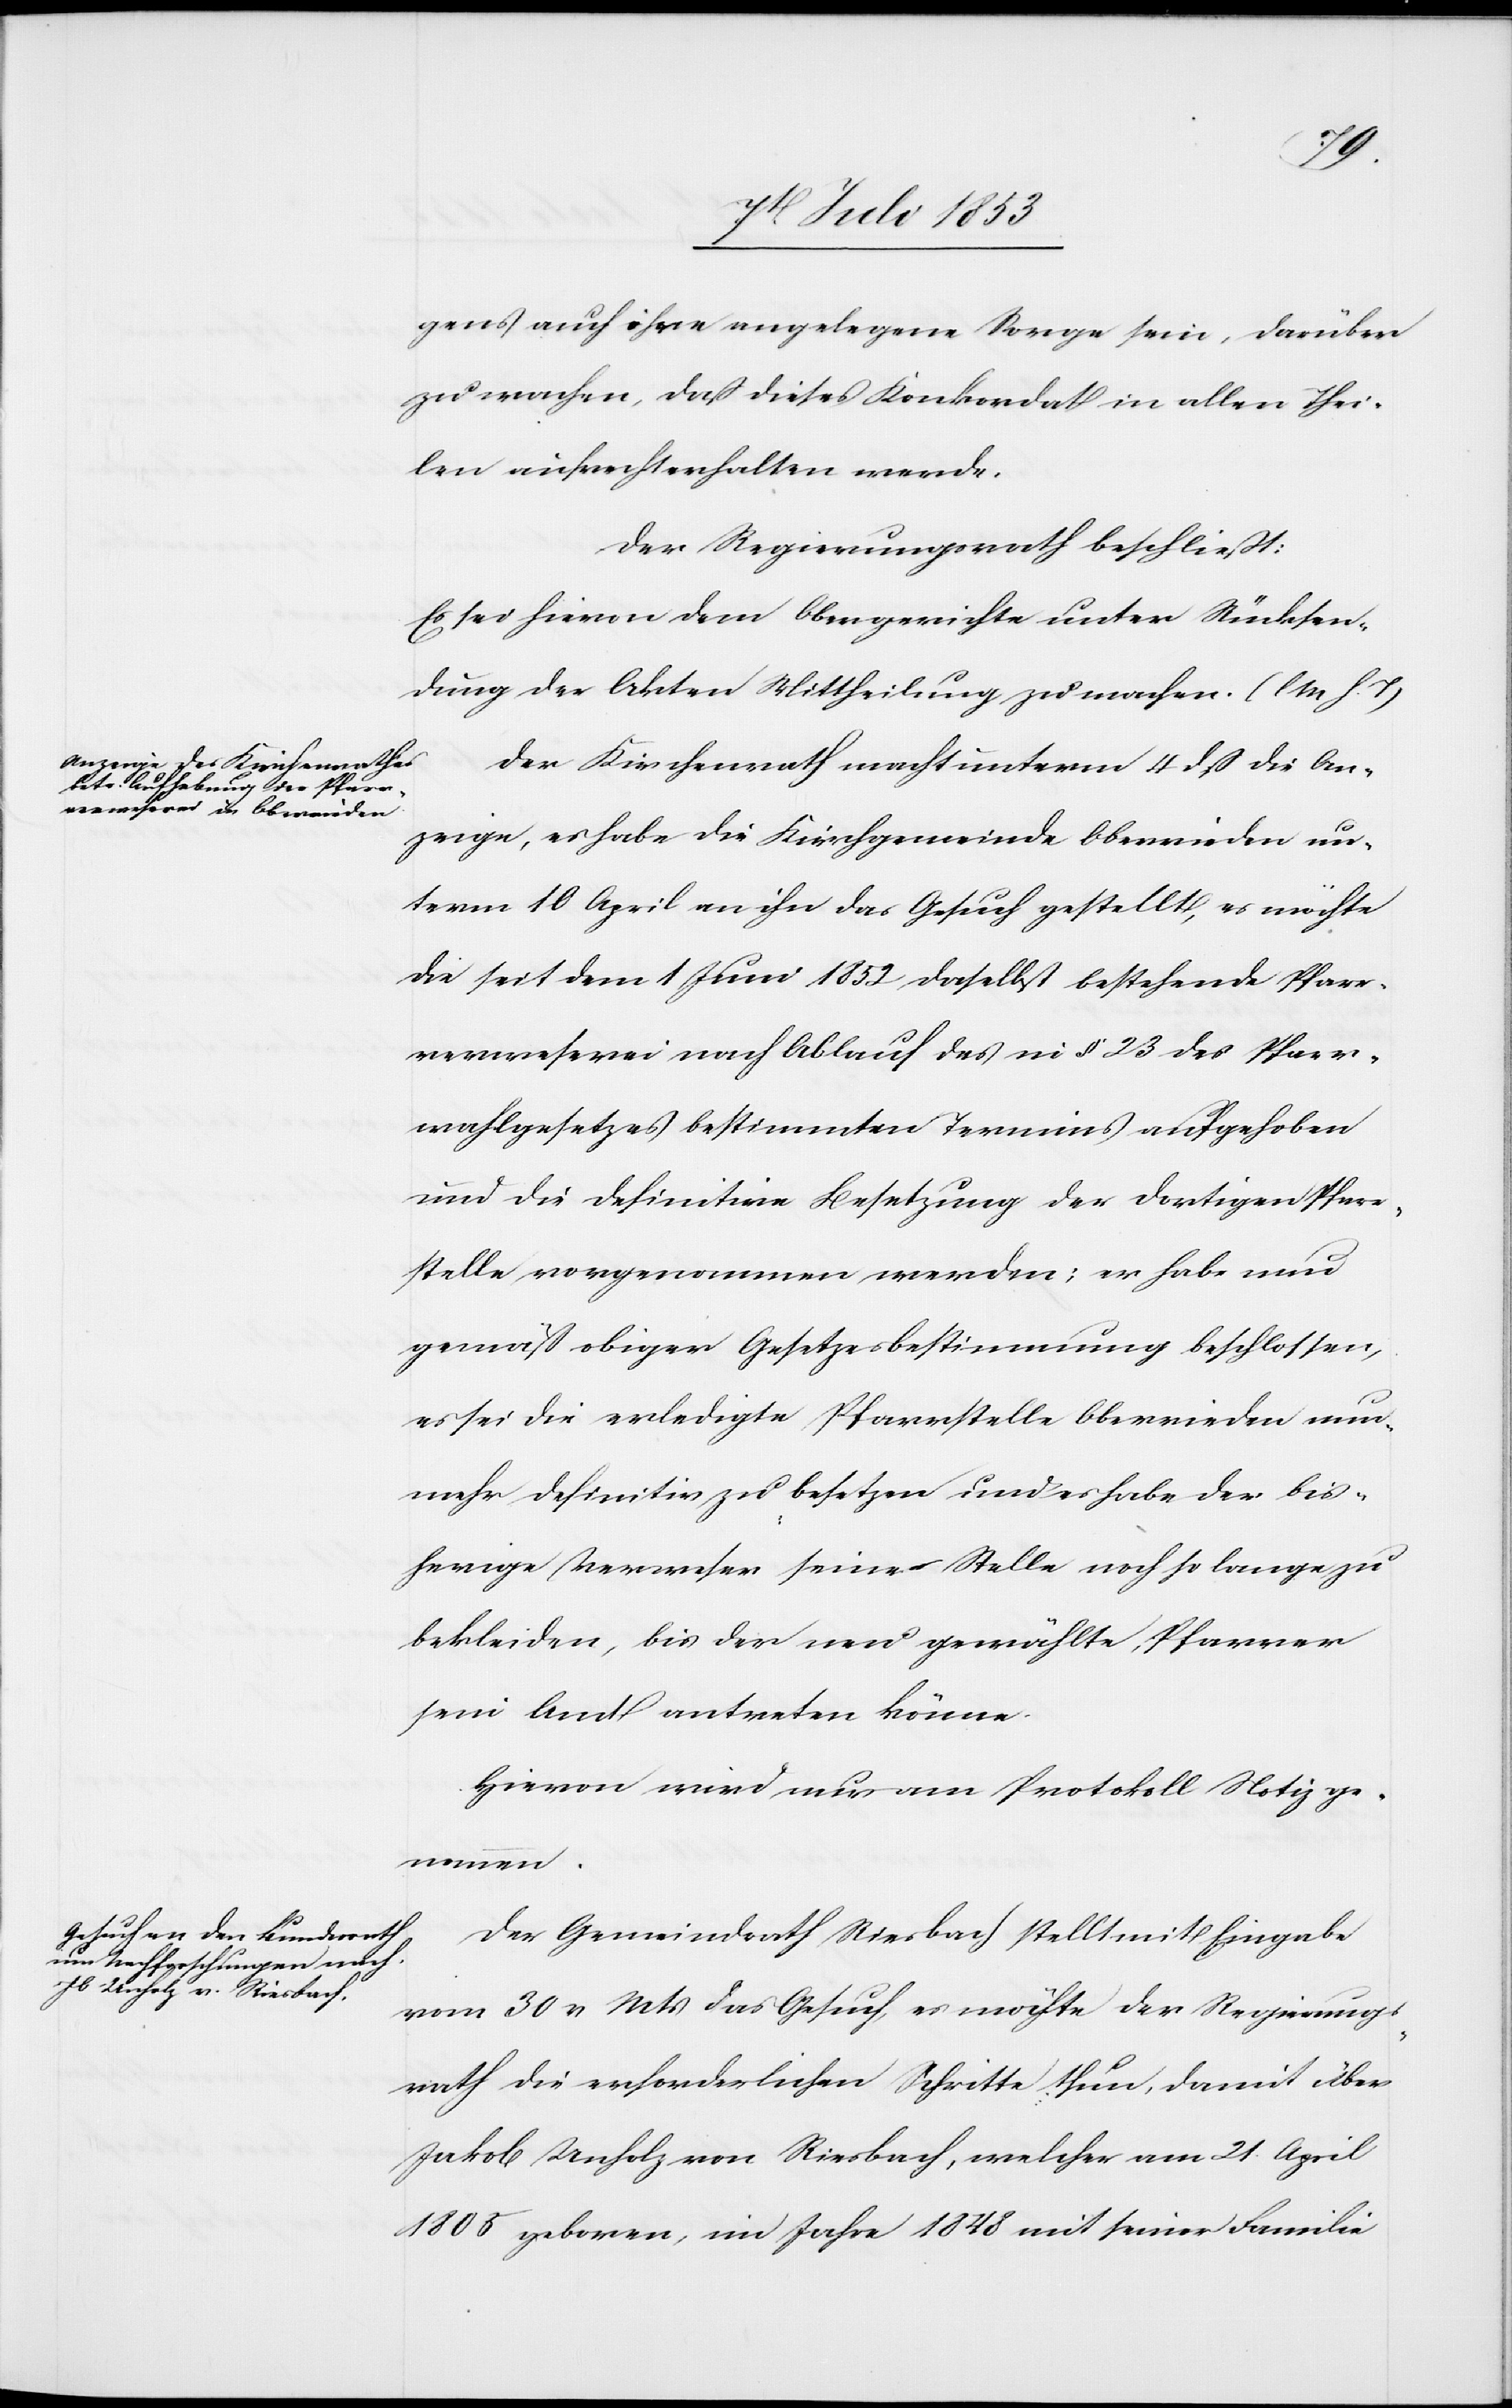
gens auch ihre angelegene Sorge sein, darüber
zu wachen, daß dieses Konkordat in allen Thei¬
len aufrechterhalten werde.
Der Regierungsrath beschließt:
Es sei hievon dem Obergerichte unter Rücksen¬
dung der Akten Mittheilung zu machen. [l. M. h. T]
Der Kirchenrathe macht unterm 4 dß die An¬
zeige, es habe die Kirchgemeinde Oberrieden un¬
term 10 April an ihn das Gesuch gestellt, es möchte
die seit dem 1 Juni 1852 daselbst bestehende Pfarr¬
verweserin nach Ablauf des in § 23 des Pfarr¬
wahlgesetzes bestimmten Termines aufgehoben
und die definitive Besetzung der dortigen Pfarr¬
stelle vorgenommen werden; er habe nun
gemäß obiger Gesetzesbestimmung beschlossen,
es sei die erledigte Pfarrstelle Oberrieden nun¬
mehr definitiv zu besetzen und es habe der bis¬
herige Verweser seine Stelle noch so lange zu
bekleiden, bis der neu gewählte, Pfarrer
sein Amt antreten könne.
Hievon wird nur am Protokoll Notiz ge¬
nommen.
Der Gemeindrath Riesbach stellt mit Eingabe
vom 30 v. Mts. das Gesuch es möchte der Regierungs¬
rath die erforderlichen Schritte thun, damit über
Jakob Unholz von Riesbach, welcher am 21 April
1805 geboren, im Jahre 1848 mit seiner Familie